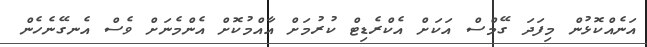
އަނެއްކޮޅުން މިފަދަ ގޭމްސް އަކަށް އެކްރެޑިޓް ކުރުމަށް އާއްމުކޮށް އެންމެނަށް ވެސް އެނގޭނެހެން